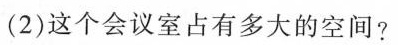
(2)这个会议室占有多大的空间?